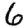
Digit: 6